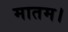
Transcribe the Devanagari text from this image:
मातम।